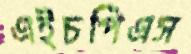
এইচপিএস